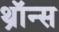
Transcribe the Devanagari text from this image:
थ्राॅन्स